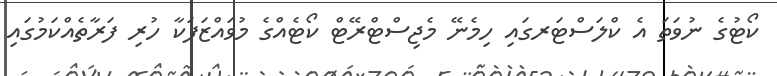
ކޯޓުގެ ނުވަތަ އެ ކްލަސްޓަރގައި ހިމެނޭ މެޖިސްޓްރޭޓް ކޯޓެއްގެ މުވައްޒަފަކާ ހުރި ފަރާތެއްކަމުގައި